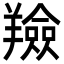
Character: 羷